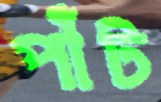
পাঁট